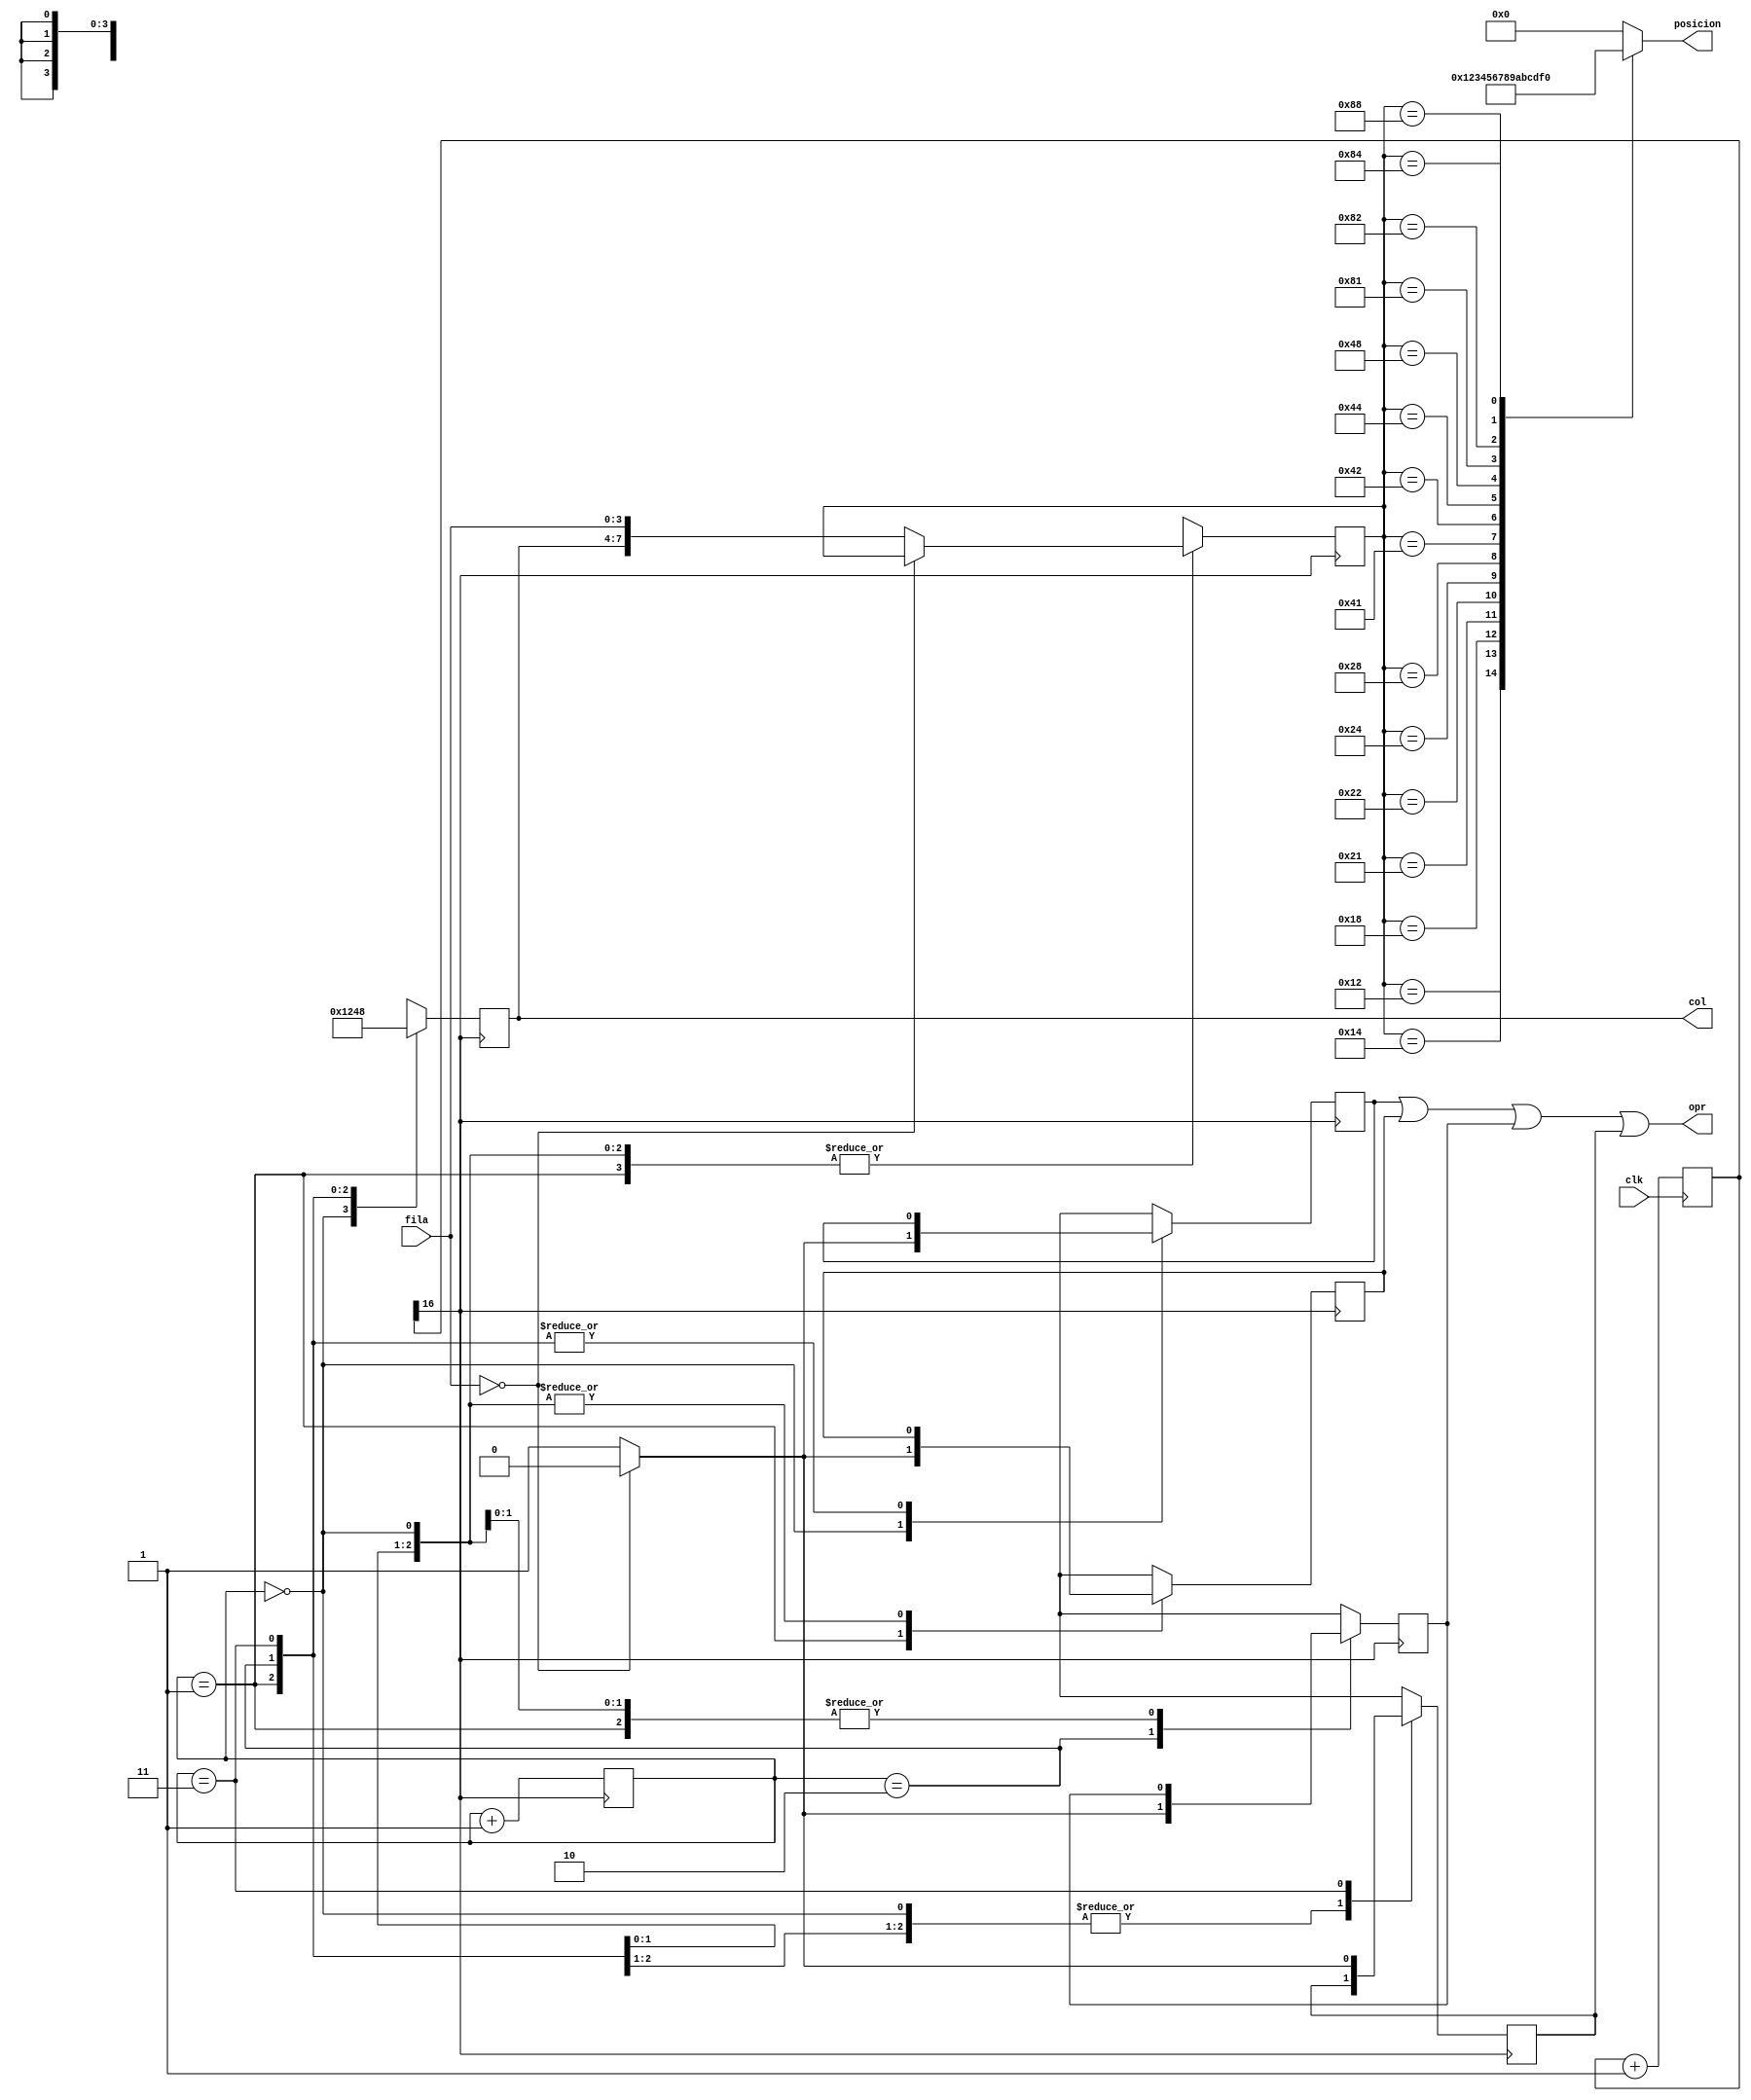
module Teclado(clk,fila,col,posicion,opr);
	input clk;
	input [3:0]fila;
	output reg [3:0]col;
	output reg[3:0]posicion;
	output wire opr;
	
	reg[7:0] caso;
	reg opr1=0; 
	reg opr2=0; 
	reg opr3=0; 
	reg opr4=0; 
	reg [1:0] count=0; //Contador para realizar el barrido de columnas

	/*
	Cuando cualquier sub opr est activado, el opr tambin lo est.
	*/
	assign opr=opr1|opr2|opr3|opr4;

	/*
	Dependiendo de la combinacin de caso, el valor de posicion varia entre 0 y 15. Por defecto se configura en 0.
	*/
	always@(*)
		case(caso)
			8'b00010001: posicion=4'b0000; // F1C1
			8'b00010010: posicion=4'b0001; // F1C2
			8'b00010100: posicion=4'b0010; // F1C3
			8'b00011000: posicion=4'b0011; // F1C4
			8'b00100001: posicion=4'b0100; // F2C1
			8'b00100010: posicion=4'b0101; // F2C2
			8'b00100100: posicion=4'b0110; // F2C3
			8'b00101000: posicion=4'b0111; // F2C4
			8'b01000001: posicion=4'b1000; // F3C1
			8'b01000010: posicion=4'b1001; // F3C2
			8'b01000100: posicion=4'b1010; // F3C3
			8'b01001000: posicion=4'b1011; // F3C4
			8'b10000001: posicion=4'b1100; // F4C1
			8'b10000010: posicion=4'b1101; // F4C2
			8'b10000100: posicion=4'b1110; // F4C3
			8'b10001000: posicion=4'b1111; // F4C4
			default:     posicion=4'b0000; // F1C1
		endcase
	
	initial begin
		caso=8'b00000000;
		posicion=4'b0000;
	end
	
// Divisor de frecuecia utilizado para los cambios de valores en las columnas. 
wire enable;
reg [26:0] cfreq=0;
assign enable = cfreq[16];
always @(posedge clk) begin
		cfreq<=cfreq+1;
end	
 

 
always@(posedge enable)begin
		count<= count+1; //En cada pulsacin del enable cambia el valor de count para realizar el barrido de columnas.
		/*
		Para todas las columnas, si el valor leido de fila no es 0, es porque est activada una posicin. Se almacena su
		valor de columna y fila concatenandolas en el valor de "caso", y el valor correspondiente de opr se activa. Si no se cumple la 
		condicin, su valor de opr es 0.
		*/
		case (count) 
			2'h0: begin col<=4'b0001; if(~(fila==0))begin  caso={col,fila};opr1=1; end else begin opr1=0; end end
			 
			2'h1: begin col<=4'b0010; if(~(fila==0))begin  caso={col,fila};opr2=1; end else begin opr2=0; end end
			 
			2'h2: begin col<=4'b0100; if(~(fila==0))begin  caso={col,fila};opr3=1; end else begin opr3=0; end end
			 
			2'h3: begin col<=4'b1000; if(~(fila==0))begin  caso={col,fila};opr4=1; end else begin opr4=0; end end
		endcase
end

endmodule